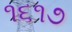
૧૬૧૭